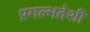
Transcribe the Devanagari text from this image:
प्रगल्भतेशी